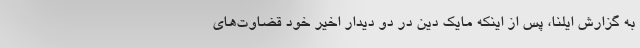
به گزارش ایلنا، پس از اینکه مایک دین در دو دیدار اخیر خود قضاوت‌های